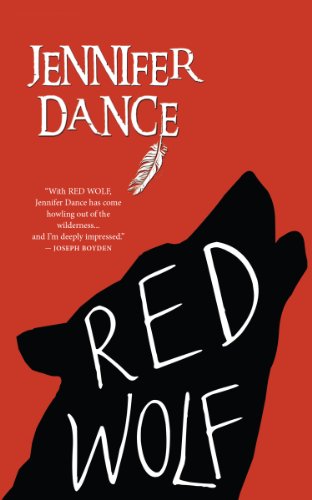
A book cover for Red Wolf; Jennifer Dance; Teen & Young Adult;